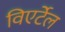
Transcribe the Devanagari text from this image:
विएर्टेल